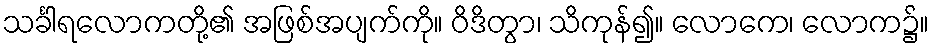
သင်္ခါရလောကတို့၏ အဖြစ်အပျက်ကို။ ဝိဒိတွာ၊ သိကုန်၍။ လောကေ၊ လောက၌။